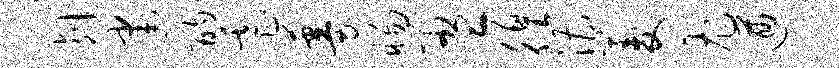
削建酌虐蔓惕盈徨漕菱尤遒